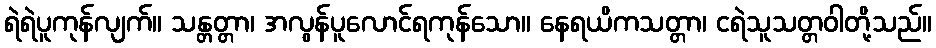
ရဲရဲပူကုန်လျက်။ သန္တတ္တာ၊ အလွန်ပူလောင်ရကုန်သော။ နေရယိကသတ္တာ၊ ငရဲသူသတ္တဝါတို့သည်။